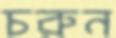
চরুন